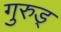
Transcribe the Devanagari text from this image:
गुरुड्